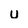
Character: U